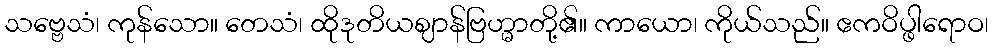
သဗ္ဗေသံ၊ ကုန်သော။ တေသံ၊ ထိုဒုတိယဈာန်ဗြဟ္မာတို့၏။ ကာယော၊ ကိုယ်သည်။ ဧကဝိပ္ဖါရောဝ၊